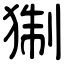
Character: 猘